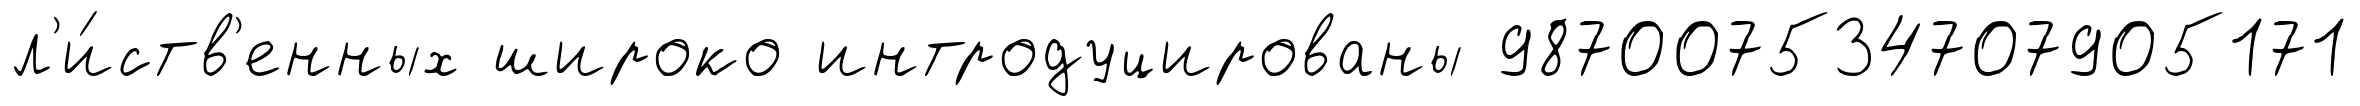
л'и́ств'енных широко интродуцированы 987007534707905171